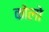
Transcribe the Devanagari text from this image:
कोलो